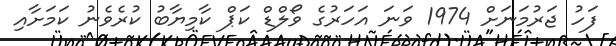
ފަހު ޖަރުމަނަށް 1974 ވަނަ އަހަރުގެ ވޯލްޑް ކަޕް ކާމިޔާބު ކުރެވެނު ކަމަށާއި